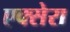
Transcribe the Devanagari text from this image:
एक्सेरा